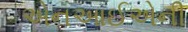
એનઆઈએની